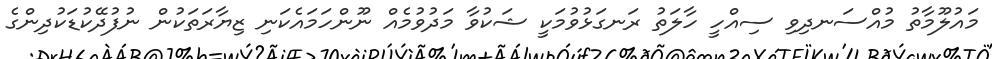
މައުލޫމާތު މުއްސަނދިވި ސިއްހީ ހާލަތު ރަނގަޅުވުމަކީ ޝަކުވާ މަދުވުމެއް ނޫންހަމައެކަނި ޒިޔާރަތަކުން ނުފުދޭކުޑަކުދިންގެ